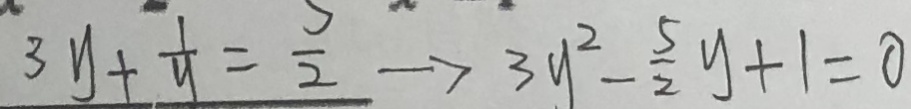
3 y + \frac { 1 } { y } = \frac { 5 } { 2 } \rightarrow 3 y ^ { 2 } - \frac { 5 } { 2 } y + 1 = 0